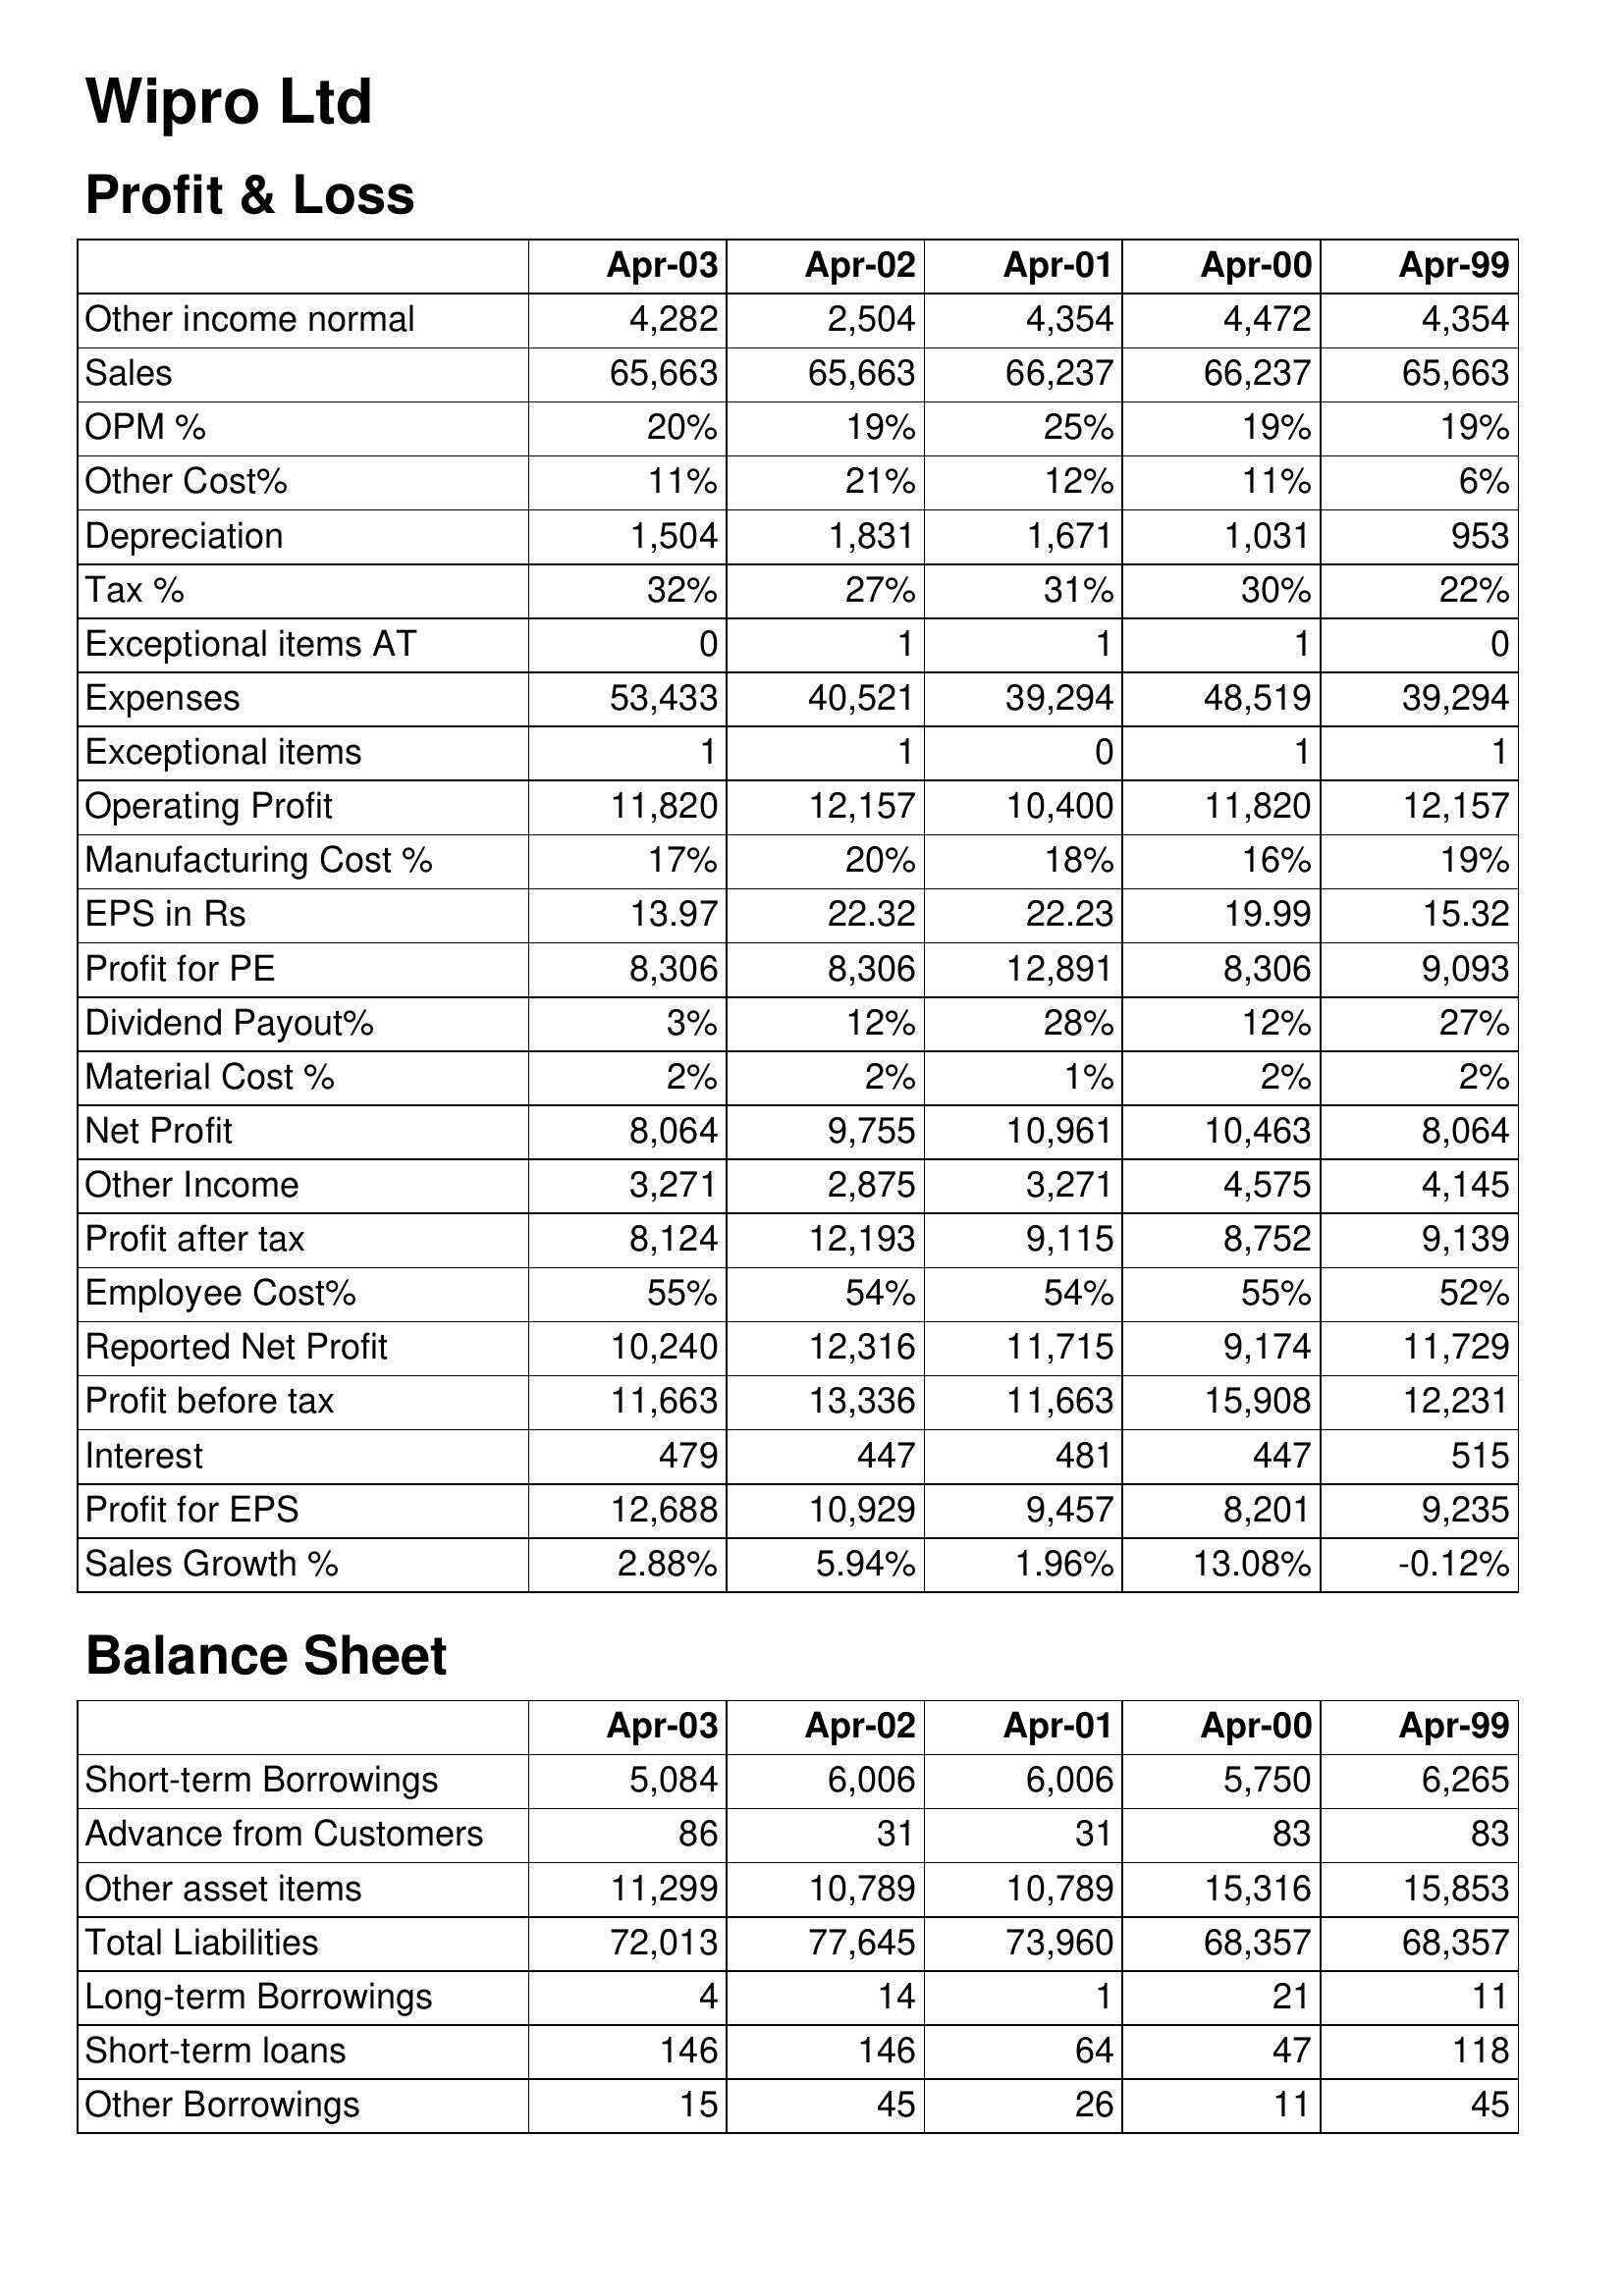
Apr-03: Profit & Loss: Other income normal: 4,282
Sales: 65,663
OPM %: 20%
Other Cost%: 11%
Depreciation: 1,504
Tax %: 32%
Exceptional items AT: 0
Expenses: 53,433
Exceptional items: 1
Operating Profit: 11,820
Manufacturing Cost %: 17%
EPS in Rs: 13.97
Profit for PE: 8,306
Dividend Payout%: 3%
Material Cost %: 2%
Net Profit: 8,064
Other Income: 3,271
Profit after tax: 8,124
Employee Cost%: 55%
Reported Net Profit: 10,240
Profit before tax: 11,663
Interest: 479
Profit for EPS: 12,688
Sales Growth %: 2.88%
Balance Sheet: Short-term Borrowings: 5,084
Advance from Customers: 86
Other asset items: 11,299
Total Liabilities: 72,013
Long-term Borrowings: 4
Short-term loans: 146
Other Borrowings: 15
Apr-02: Profit & Loss: Other income normal: 2,504
Sales: 65,663
OPM %: 19%
Other Cost%: 21%
Depreciation: 1,831
Tax %: 27%
Exceptional items AT: 1
Expenses: 40,521
Exceptional items: 1
Operating Profit: 12,157
Manufacturing Cost %: 20%
EPS in Rs: 22.32
Profit for PE: 8,306
Dividend Payout%: 12%
Material Cost %: 2%
Net Profit: 9,755
Other Income: 2,875
Profit after tax: 12,193
Employee Cost%: 54%
Reported Net Profit: 12,316
Profit before tax: 13,336
Interest: 447
Profit for EPS: 10,929
Sales Growth %: 5.94%
Balance Sheet: Short-term Borrowings: 6,006
Advance from Customers: 31
Other asset items: 10,789
Total Liabilities: 77,645
Long-term Borrowings: 14
Short-term loans: 146
Other Borrowings: 45
Apr-01: Profit & Loss: Other income normal: 4,354
Sales: 66,237
OPM %: 25%
Other Cost%: 12%
Depreciation: 1,671
Tax %: 31%
Exceptional items AT: 1
Expenses: 39,294
Exceptional items: 0
Operating Profit: 10,400
Manufacturing Cost %: 18%
EPS in Rs: 22.23
Profit for PE: 12,891
Dividend Payout%: 28%
Material Cost %: 1%
Net Profit: 10,961
Other Income: 3,271
Profit after tax: 9,115
Employee Cost%: 54%
Reported Net Profit: 11,715
Profit before tax: 11,663
Interest: 481
Profit for EPS: 9,457
Sales Growth %: 1.96%
Balance Sheet: Short-term Borrowings: 6,006
Advance from Customers: 31
Other asset items: 10,789
Total Liabilities: 73,960
Long-term Borrowings: 1
Short-term loans: 64
Other Borrowings: 26
Apr-00: Profit & Loss: Other income normal: 4,472
Sales: 66,237
OPM %: 19%
Other Cost%: 11%
Depreciation: 1,031
Tax %: 30%
Exceptional items AT: 1
Expenses: 48,519
Exceptional items: 1
Operating Profit: 11,820
Manufacturing Cost %: 16%
EPS in Rs: 19.99
Profit for PE: 8,306
Dividend Payout%: 12%
Material Cost %: 2%
Net Profit: 10,463
Other Income: 4,575
Profit after tax: 8,752
Employee Cost%: 55%
Reported Net Profit: 9,174
Profit before tax: 15,908
Interest: 447
Profit for EPS: 8,201
Sales Growth %: 13.08%
Balance Sheet: Short-term Borrowings: 5,750
Advance from Customers: 83
Other asset items: 15,316
Total Liabilities: 68,357
Long-term Borrowings: 21
Short-term loans: 47
Other Borrowings: 11
Apr-99: Profit & Loss: Other income normal: 4,354
Sales: 65,663
OPM %: 19%
Other Cost%: 6%
Depreciation: 953
Tax %: 22%
Exceptional items AT: 0
Expenses: 39,294
Exceptional items: 1
Operating Profit: 12,157
Manufacturing Cost %: 19%
EPS in Rs: 15.32
Profit for PE: 9,093
Dividend Payout%: 27%
Material Cost %: 2%
Net Profit: 8,064
Other Income: 4,145
Profit after tax: 9,139
Employee Cost%: 52%
Reported Net Profit: 11,729
Profit before tax: 12,231
Interest: 515
Profit for EPS: 9,235
Sales Growth %: -0.12%
Balance Sheet: Short-term Borrowings: 6,265
Advance from Customers: 83
Other asset items: 15,853
Total Liabilities: 68,357
Long-term Borrowings: 11
Short-term loans: 118
Other Borrowings: 45